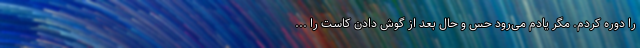
را دوره کردم. مگر یادم می‌رود حس و حال بعد از گوش دادن کاست را ...